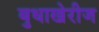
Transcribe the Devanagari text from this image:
बुधाखेरीज